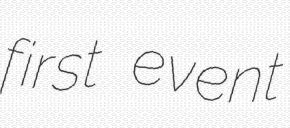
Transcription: first event